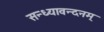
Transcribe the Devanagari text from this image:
सन्ध्यावन्दनम्